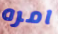
امره